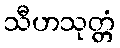
သီဟသုတ္တံ